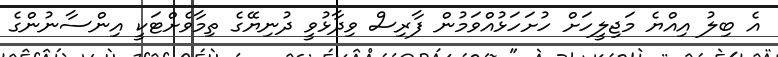
އެ ބިލު އިއްޔެ މަޖިލީހަށް ހުށަހަޅުއްވަމުން ފާރިސް ވިދާޅުވީ ދުނިޔޭގެ ތިމާވެށްޓަކީ އިންސާނުންގެ